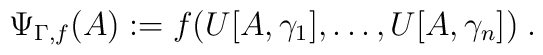
\Psi_{\Gamma,f}(A) := f(U[A,\gamma_{1}], \ldots, U[A,\gamma_{n}])\; .